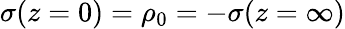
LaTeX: \sigma(z=0)=\rho_{0}=-\sigma(z=\infty)